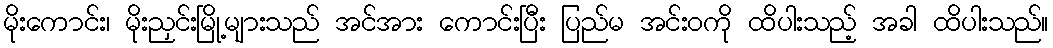
မိုးကောင်း၊ မိုးညှင်းမြို့များသည် အင်အား ကောင်းပြီး ပြည်မ အင်းဝကို ထိပါးသည့် အခါ ထိပါးသည်။